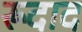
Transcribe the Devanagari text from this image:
रूदाद